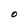
Character: O